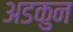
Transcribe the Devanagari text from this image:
अडकुन